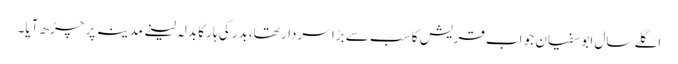
اگلے سال ابو سفیان جو اب قریش کا سب سے بڑا سردار تھا،بدر کی ہار کا بدلہ لینے مدینہ پر چڑھ آیا۔